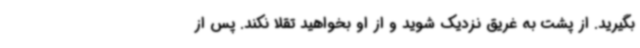
بگیرید. از پشت به غریق نزدیک شوید و از او بخواهید تقلا نکند. پس از